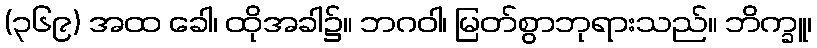
(၃၆၉) အထ ခေါ၊ ထိုအခါ၌။ ဘဂဝါ၊ မြတ်စွာဘုရားသည်။ ဘိက္ခူ၊